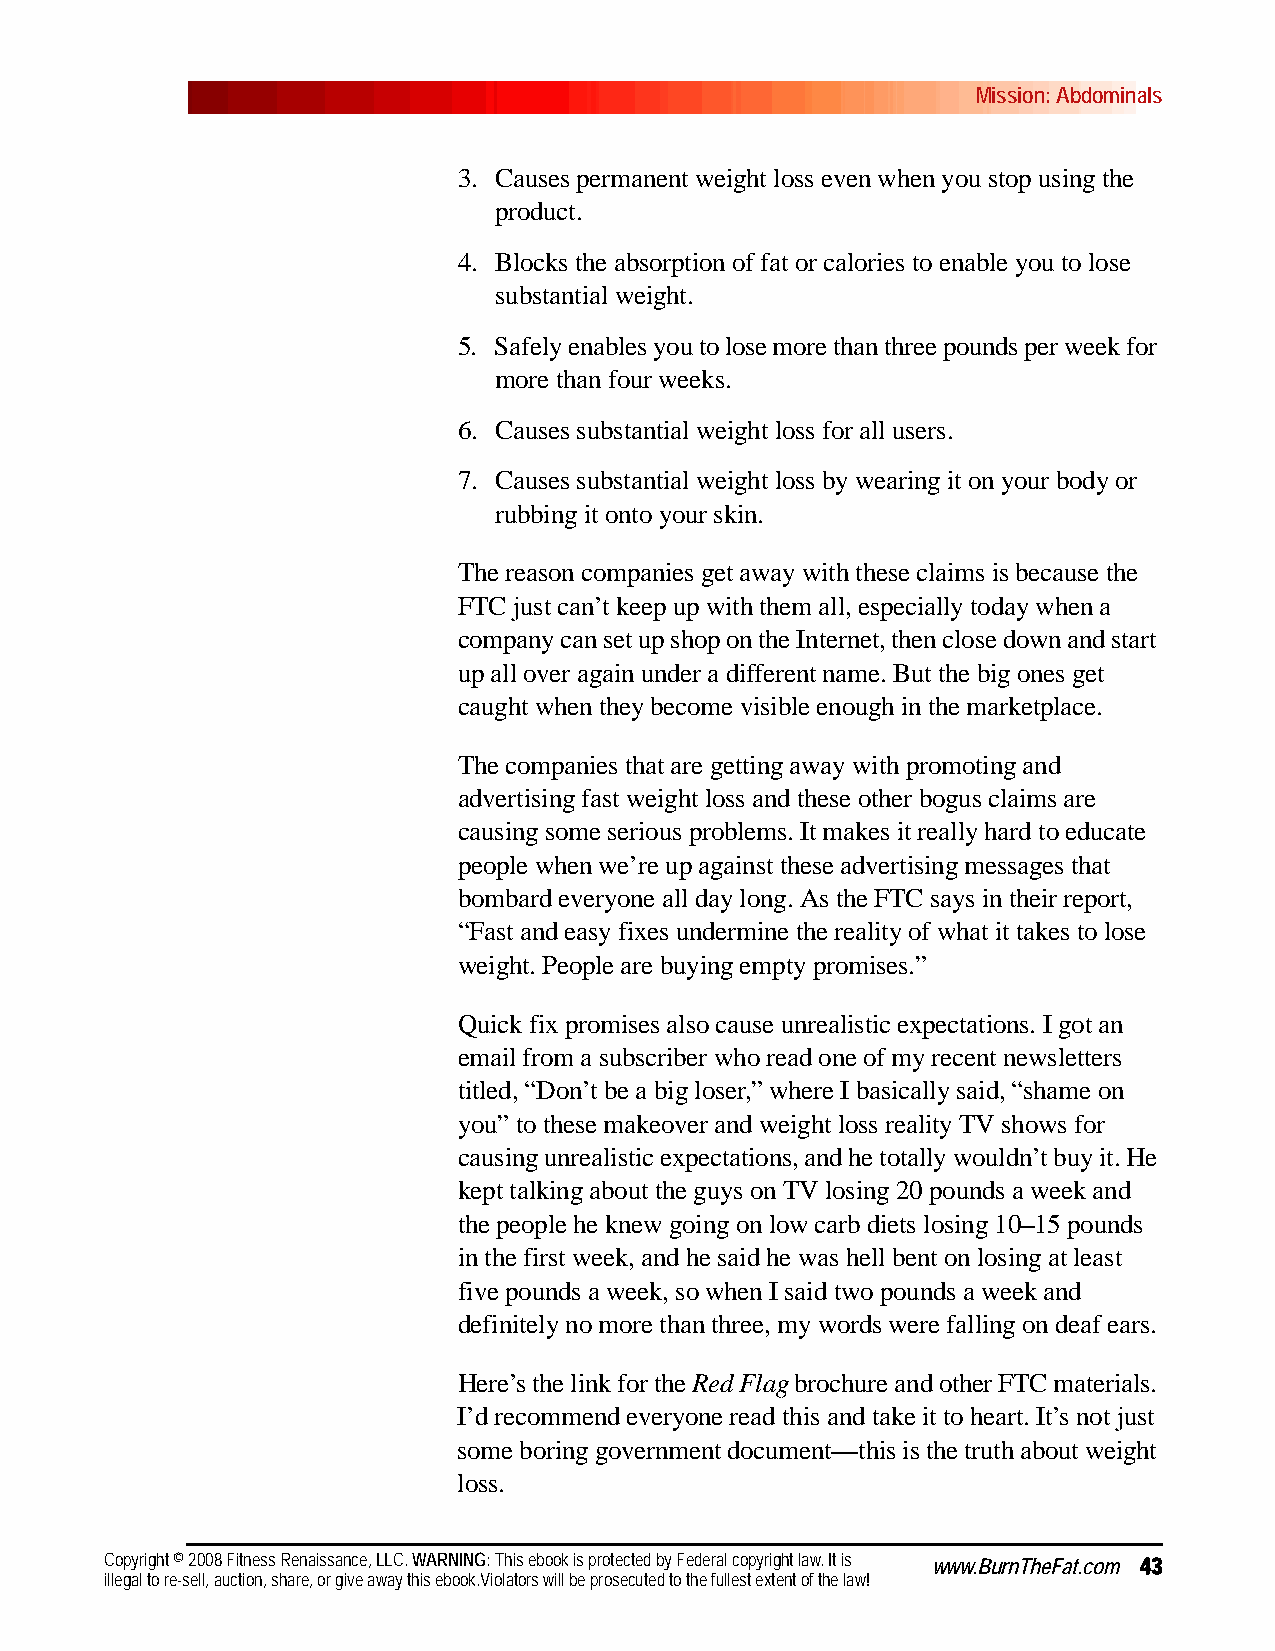
Mission: Abdominals
 3. Causes permanent weight loss even when you stop using the
 product.
 4. Blocks the absorption of fat or calories to enable you to lose
 substantial weight.
 5. Safely enables you to lose more than three pounds per week for
 more than four weeks.
 6. Causes substantial weight loss for all users.
 7. Causes substantial weight loss by wearing it on your body or
 rubbing it onto your skin.
 The reason companies get away with these claims is because the
 FTC just can’t keep up with them all, especially today when a
 company can set up shop on the Internet, then close down and start
 up all over again under a different name. But the big ones get
 caught when they become visible enough in the marketplace.
 The companies that are getting away with promoting and
 advertising fast weight loss and these other bogus claims are
 causing some serious problems. It makes it really hard to educate
 people when we’re up against these advertising messages that
 bombard everyone all day long. As the FTC says in their report,
 “Fast and easy fixes undermine the reality of what it takes to lose
 weight. People are buying empty promises.”
 Quick fix promises also cause unrealistic expectations. I got an
 email from a subscriber who read one of my recent newsletters
 titled, “Don’t be a big loser,” where I basically said, “shame on
 you” to these makeover and weight loss reality TV shows for
 causing unrealistic expectations, and he totally wouldn’t buy it. He
 kept talking about the guys on TV losing 20 pounds a week and
 the people he knew going on low carb diets losing 10–15 pounds
 in the first week, and he said he was hell bent on losing at least
 five pounds a week, so when I said two pounds a week and
 definitely no more than three, my words were falling on deaf ears.
 Here’s the link for the Red Flag brochure and other FTC materials.
 I’d recommend everyone read this and take it to heart. It’s not just
 some boring government document—this is the truth about weight
 loss.
 Copyright © 2008 Fitness Renaissance, LLC. WARNING: This ebook is protected by Federal copyright law. It is www.BurnTheFat.com 43
 illegal to re-sell, auction, share, or give away this ebook.Violators will be prosecuted to the fullest extent of the law!